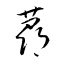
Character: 蕁